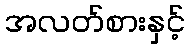
အလတ်စားနှင့်